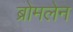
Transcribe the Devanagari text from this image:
ब्रोमलेन